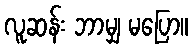
လူဆန်း ဘာမျှ မပြော။